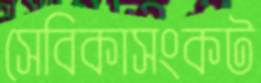
সেবিকাসংকট